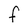
Character: F